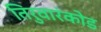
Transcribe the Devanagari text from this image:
तिरुवारंकोड